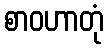
စာဝဟာတုံ